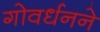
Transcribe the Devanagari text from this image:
गोवर्धनने